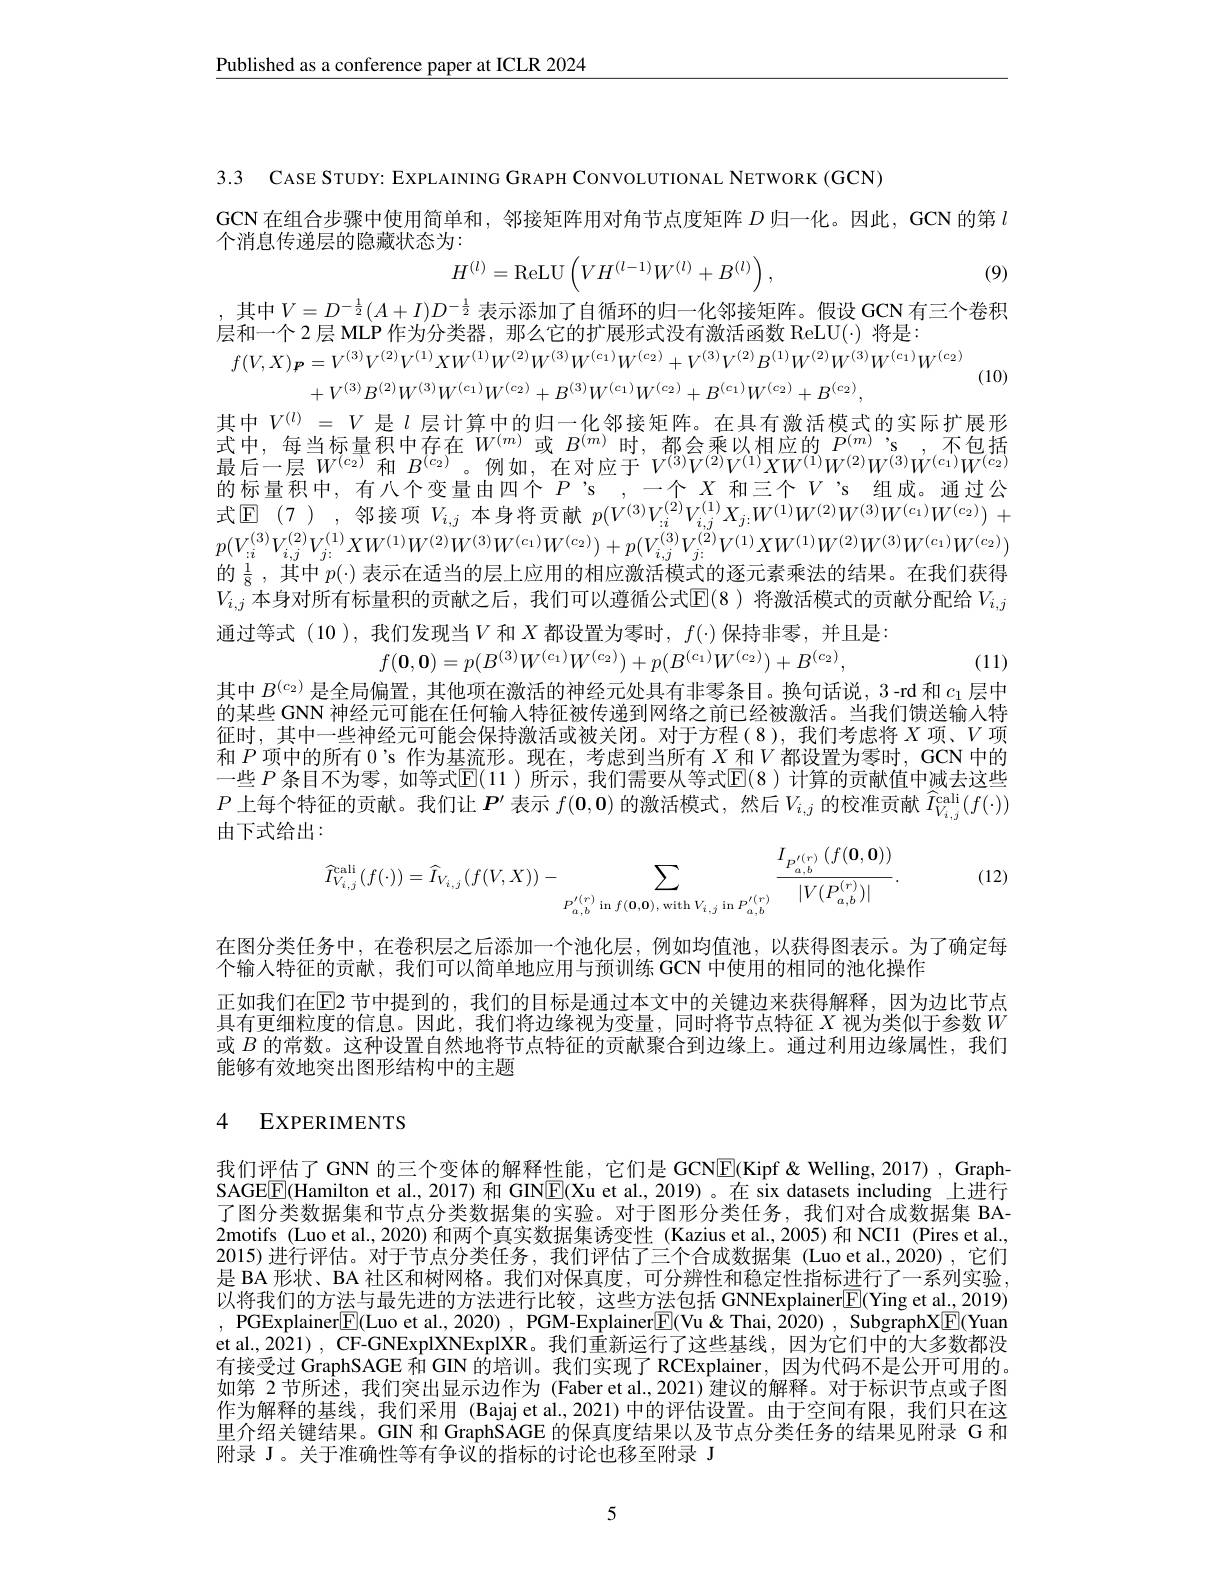
$\underline{\text{Published as a conference paper at ICLR 2024}}$

3.3 САSE STUDY: EXPL AINING GRAPH CONVOLUTIONAL NETWORK (GCN)

GCN 在组合步骤中使用简单和，邻接矩阵用对角节点度矩阵$D$归一化。因此，GCN 的第$l$
个消息传递层的隐藏状态为：
$$H^{(l)}=\mathrm{ReLU}\left(VH^{(l-1)}W^{(l)}+B^{(l)}\right),$$
(9)

其中$V=D^{-\frac12}(A+I)D^{-\frac12}$表示添加了自循环的归一化邻接矩阵。假设 GCN 有三个卷积
层和一个 2 层 MLP 作为分类器，那么它的扩展形式没有激活函数 ReLU(·) 将是：
$$f(V,X)_{\boldsymbol{P}}=V^{(3)}V^{(2)}V^{(1)}XW^{(1)}W^{(2)}W^{(3)}W^{(c_{1})}W^{(c_{2})}+V^{(3)}V^{(2)}B^{(1)}W^{(2)}W^{(3)}W^{(c_{1})}W^{(c_{2})}\\+V^{(3)}B^{(2)}W^{(3)}W^{(c_{1})}W^{(c_{2})}+B^{(3)}W^{(c_{1})}W^{(c_{2})}+B^{(c_{1})}W^{(c_{2})}+B^{(c_{2})},$$
(10)

其中$V^{(l)}=V$ 是$\iota$ 层计算中的归一化邻接矩阵。在具有激活模式的实际扩展形式中，每当标量积中存在$W^{(m)}$或$B^{(m)}$时，都会乘以相应的$P^{(m)}$ 's ,不包括的标量积中，有八个变量由四个$P’$s ,一个$X$和三个$V’$s 组成。通过公式$\mathbb{E}$(7),邻接项$V_{i,j}$本身将贡献$p(V^{(3)}V_{:i}^{(2)}V_{i,j}^{(1)}X_{j:}W^{(1)}W^{(2)}W^{(3)}W^{(c_{1})}W^{(c_{2})})+$ $p(V_{i}^{(3)}V_{i,j}^{(2)}V_{j:}^{(1)}XW^{(1)}W^{(2)}W^{(3)}W^{(c_{1})}W^{(c_{2})})+p(V_{i,j}^{(3)}V_{j:}^{(2)}V^{(1)}XW^{(1)}W^{(2)}W^{(3)}W^{(c_{1})}W^{(c_{2})})$ 的$\frac18$,其中$p(\cdot)$表示在适当的层上应用的相应激活模式的逐元素乘法的结果。在我们获得$V_{i,j}$ 本身对所有标量积的贡献之后，我们可以遵循公式$\mathbb{E}(8$ )将激活模式的贡献分配给$V_{i,j}$ 通过等式 (10 ), 我们发现当$V$和$X$都设置为零时，$f(\cdot)$保持非零，并且是：
$$f(\mathbf{0},\mathbf{0})=p(B^{(3)}W^{(c_1)}W^{(c_2)})+p(B^{(c_1)}W^{(c_2)})+B^{(c_2)},$$
(11)
其中$B^{(c_2)}$是全局偏置，其他项在激活的神经元处具有非零条目。换句话说，3-rd 和$c_1$层中的某些 GNN 神经元可能在任何输入特征被传递到网络之前已经被激活。当我们馈送输入特征时，其中一些神经元可能会保持激活或被关闭。对于方程(8),我们考虑将$X$项、$V$项和 $P$ 项中的所有 0's 作为基流形。现在，考虑到当所有 $X$ 和$V$都设置为零时，GCN 中的一些$P$ 条目不为零，如等式$\mathbb{E}(11)$ 所示，我们需要从等式$\mathbb{E}(8)$ 计算的贡献值中减去这些$P$上每个特征的贡献。我们让$\boldsymbol P^\prime$表示$f(\mathbf{0},\mathbf{0})$的激活模式，然后$V_i,j$的校准贡献$\widehat{I}_{V_{i,j}}^\mathrm{cali}(f(\cdot))$ 由下式给出：
$$\begin{aligned}&\widehat{I}_{V_{i,j}}^{\mathrm{cali}}(f(\cdot))=\widehat{I}_{V_{i,j}}(f(V,X))-\sum_{P_{a,b}^{'(r)}\:\mathrm{in}\:f(\mathbf{0},\mathbf{0}),\:\mathrm{with}\:V_{i,j}\:\mathrm{in}\:P_{a,b}^{'(r)}}\frac{I_{P_{a,b}^{'(r)}}(f(\mathbf{0},\mathbf{0}))}{|V(P_{a,b}^{(r)})|}.\end{aligned}$$
(12)

在图分类任务中，在卷积层之后添加一个池化层，例如均值池，以获得图表示。为了确定每
个输入特征的贡献，我们可以简单地应用与预训练 GCN 中使用的相同的池化操作
正如我们在$\mathbb{E}$2 节中提到的，我们的目标是通过本文中的关键边来获得解释，因为边比节点具有更细粒度的信息。因此，我们将边缘视为变量，同时将节点特征$X$视为类似于参数$W$ 或$B$的常数。这种设置自然地将节点特征的贡献聚合到边缘上。通过利用边缘属性，我们能够有效地突出图形结构中的主题

## 4 EXPERIMENTS

我们评估了GNN 的三个变体的解释性能，它们是 GCN$\boxed{\mathrm{E}}($Kipf&Welling,2017), GraphSAGEE(Hamilton et al., 2017) 和 GIN$\boxed{\mathrm{E}}($Xu et al., 2019)。在 six datasets including 上进行了图分类数据集和节点分类数据集的实验。对于图形分类任务，我们对合成数据集 BA- 2motifs (Luo et al., 2020) 和两个真实数据集诱变性 (Kazius et al.,2005)和 NCI1 (Pires et al., 2015)进行评估。对于节点分类任务，我们评估了三个合成数据集(Luo et al.,2020),它们是 BA 形状、BA 社区和树网格。我们对保真度，可分辨性和稳定性指标进行了一系列实验， 以将我们的方法与最先进的方法进行比较，这些方法包括 GNNExplainer$\boxed{\mathrm{F}}($Ying et al., 2019) , PGExplainer$\boxed{\mathrm{E}}($Luo et al., 2020) , PGM-Explainer$\boxed{\mathrm{F}}($Vu& Thai, 2020) , SubgraphX$\boxed{\mathrm{F}}($Yuan et al., 2021) , CF-GNExplXNExplXR。我们重新运行了这些基线，因为它们中的大多数都没有接受过 GraphSAGE 和 GN 的培训。我们实现了 RCExplainer, 因为代码不是公开可用的。如第 2 节所述，我们突出显示边作为 (Faber et al.,2021) 建议的解释。对于标识节点或子图作为解释的基线，我们采用 (Bajaj et al.,2021)中的评估设置。由于空间有限，我们只在这里介绍关键结果。GIN 和 GraphSAGE 的保真度结果以及节点分类任务的结果见附录 G 和附录 J。关于准确性等有争议的指标的讨论也移至附录 J

5